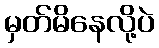
မှတ်မိနေလို့ပဲ